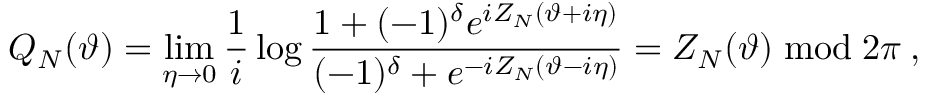
{ \cal Q } _ { N } ( \vartheta ) = \mathop { \operatorname * { l i m } } _ { \eta \rightarrow 0 } \frac { 1 } { i } \log \frac { 1 + ( - 1 ) ^ { \delta } e ^ { i Z _ { N } ( \vartheta + i \eta ) } } { ( - 1 ) ^ { \delta } + e ^ { - i Z _ { N } ( \vartheta - i \eta ) } } = Z _ { N } ( \vartheta ) \bmod 2 \pi \: ,